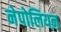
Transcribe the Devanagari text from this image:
नेपोलियऩ